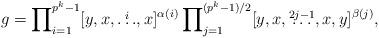
LaTeX: \begin{align*} g = \prod\nolimits_{i=1}^{p^k-1} [y,x,\overset{i}{\ldots},x]^{\alpha(i)} \prod\nolimits_{j=1}^{(p^k-1)/2} [y,x,\overset{2j-1}{\ldots},x,y]^{\beta(j)}, \end{align*}